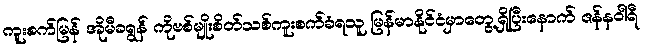
ကူးစက်မြန် အိုမီခရွန် ကိုဗစ်မျိုးစိတ်သစ်ကူးစက်ခံရသူ မြန်မာနိုင်ငံမှာတွေ့ရှိပြီးနောက် ဇန်နဝါရီ